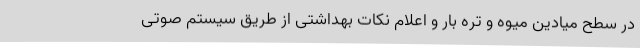
در سطح میادین میوه و تره بار و اعلام نکات بهداشتی از طریق سیستم صوتی